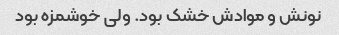
نونش و موادش خشک بود. ولی خوشمزه بود